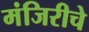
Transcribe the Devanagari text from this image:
मंजिरीचे